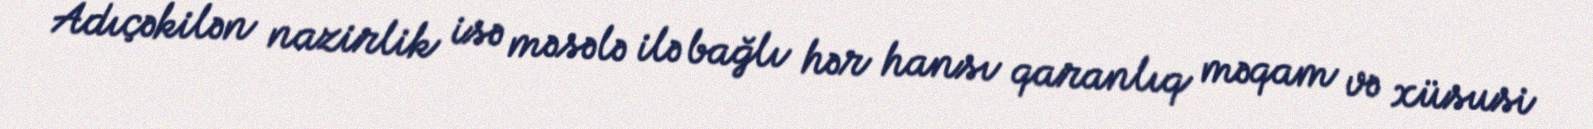
Adıçəkilən nazirlik isə məsələ ilə bağlı hər hansı qaranlıq məqam və xüsusi